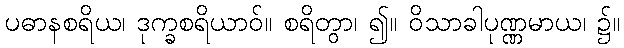
ပဓာနစရိယ၊ ဒုက္ခစရိယာဝ်။ စရိတွာ၊ ၍။ ဝိသာခါပုဏ္ဏမာယ၊ ၌။